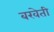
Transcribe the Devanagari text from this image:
बखेती